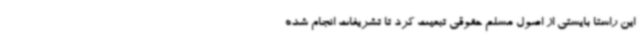
این راستا بایستی از اصول مسلم حقوقی تبعیت کرد تا تشریفات انجام شده